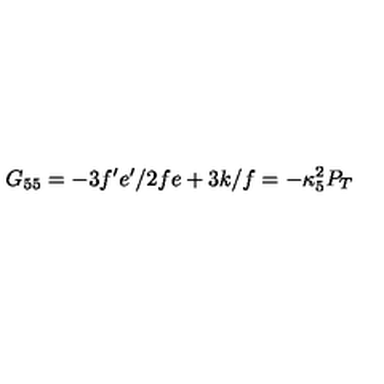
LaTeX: G _ { 5 5 } = - 3 f ^ { \prime } e ^ { \prime } / 2 f e + 3 k / f = - \kappa _ { 5 } ^ { 2 } P _ { T }